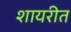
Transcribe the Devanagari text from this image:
शायरीत